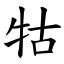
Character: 牯